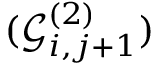
( \mathcal { G } _ { i , j + 1 } ^ { ( 2 ) } )